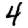
Digit: 4